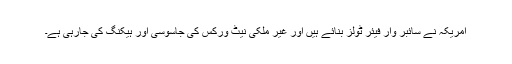
امریکہ نے سائبر وار فیئر ٹولز بنائے ہیں اور غیر ملکی نیٹ ورکس کی جاسوسی اور ہیکنگ کی جارہی ہے۔